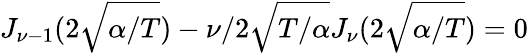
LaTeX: J_{\nu-1}(2\sqrt{\alpha/T})-\nu/2\sqrt{T/\alpha}J_{\nu}(2\sqrt{\alpha/T})=0